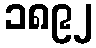
၁၈၉၂